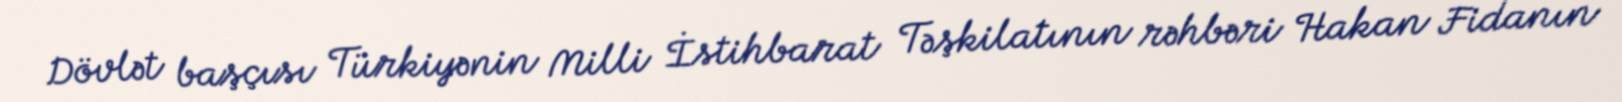
Dövlət başçısı Türkiyənin Milli İstihbarat Təşkilatının rəhbəri Hakan Fidanın